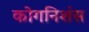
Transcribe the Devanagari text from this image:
कोगनिशंस